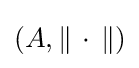
(A,\|\,\cdot \,\|)